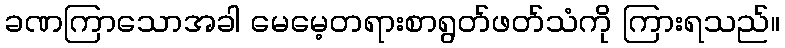
ခဏကြာသောအခါ မေမေ့တရားစာရွတ်ဖတ်သံကို ကြားရသည်။